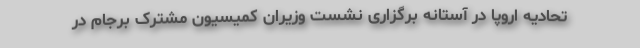
تحادیه اروپا در آستانه برگزاری نشست وزیران کمیسیون مشترک برجام در